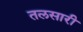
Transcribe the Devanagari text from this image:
तलसारी